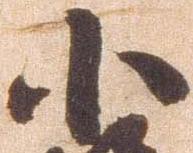
小